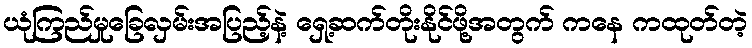
ယုံကြည်မှုခြေလှမ်းအပြည့်နဲ့ ရှေ့ဆက်တိုးနိုင်ဖို့အတွက် ကနေ ကထုတ်တဲ့